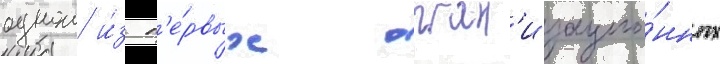
однои и́з п'е́рвых орган'изацио́нных